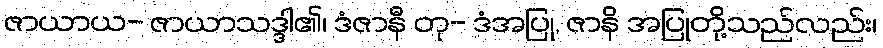
ဇာယာယ- ဇာယာသဒ္ဒါ၏၊ ဒံဇာနီ တု- ဒံအပြု, ဇာနိ အပြုတို့သည်လည်း၊